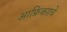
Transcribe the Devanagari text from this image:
आफ्रिकााचे